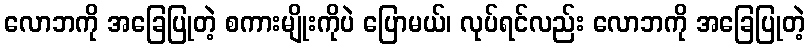
လောဘကို အခြေပြုတဲ့ စကားမျိုးကိုပဲ ပြောမယ်၊ လုပ်ရင်လည်း လောဘကို အခြေပြုတဲ့